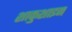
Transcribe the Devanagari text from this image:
शाकुशाइन